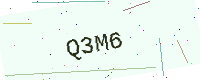
Text: Q3M6